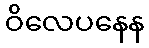
ဝိလေပနေန